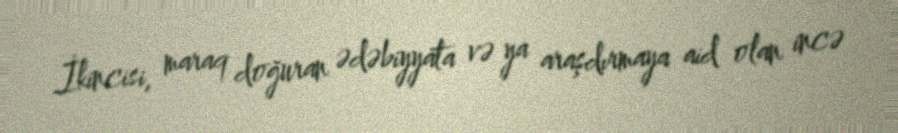
İkincisi, maraq doğuran ədəbiyyata və ya araşdırmaya aid olan incə